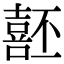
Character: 噽